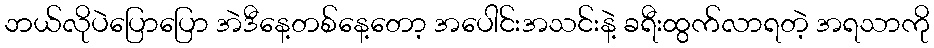
ဘယ်လိုပဲပြောပြော အဲဒီနေ့တစ်နေ့တော့ အပေါင်းအသင်းနဲ့ ခရီးထွက်လာရတဲ့ အရသာကို